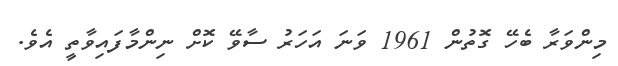
މިންވަރާ ބެހޭ ގޮތުން 1961 ވަނަ އަހަރު ސާވޭ ކޮށް ނިންމާފައިވާތީ އެވެ.